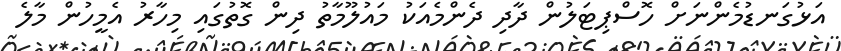
އަޅުގަނޑުމެންނަށް ހޮސްޕިޓަލުން ދާދި ދެންމެއަކު މައުލޫމާތު ދިން ގޮތުގައި މިހާރު އެމީހުން މާލެ